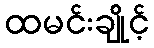
ထမင်းချိုင့်